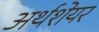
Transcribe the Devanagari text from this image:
अर्थशेयर